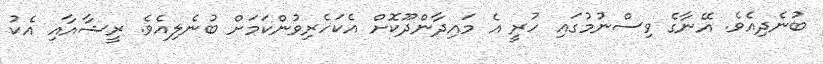
ބުނެދިއެވެ. އޭނާގެ ވިސްނުމުގައި ހުރީ އެ މައިދާންދޫކޮށް އެކަހެރިވުުންކަމަށް ބުނެލިއެވެ. ރީޝާއާއި އެކު